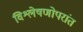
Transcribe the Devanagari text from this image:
विश्लेषणोपरांत